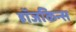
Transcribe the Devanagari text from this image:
हॉजकिन्स